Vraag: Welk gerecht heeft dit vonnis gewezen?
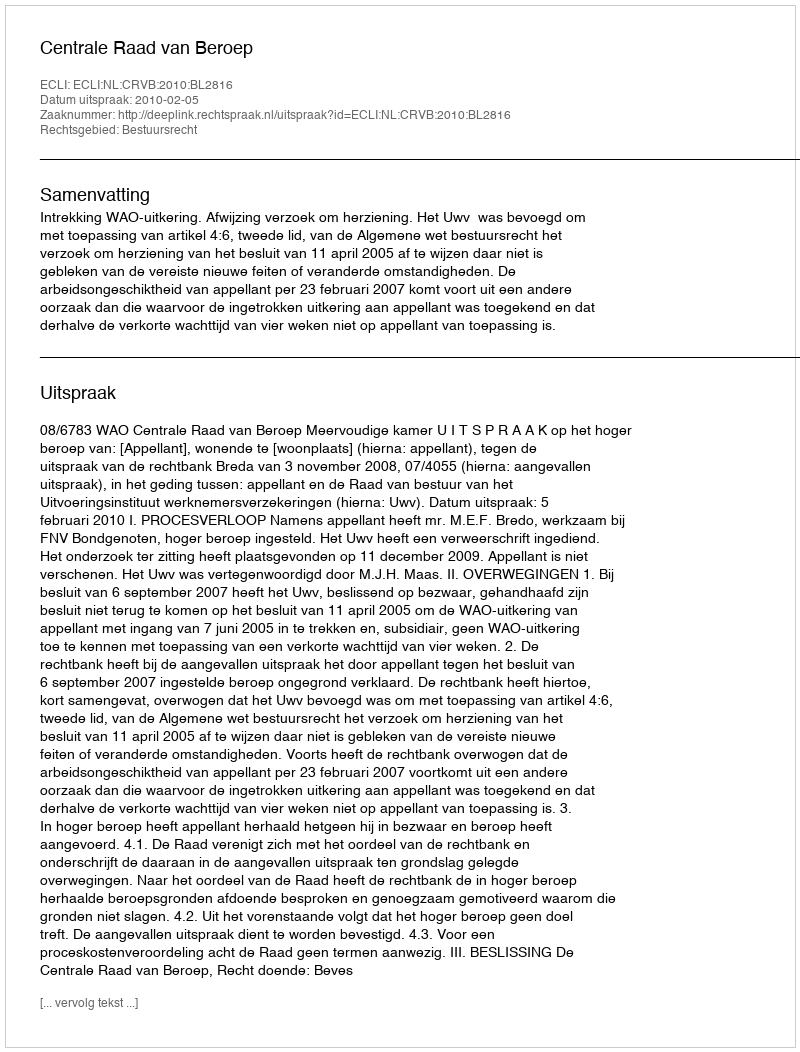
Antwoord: Centrale Raad van Beroep